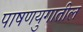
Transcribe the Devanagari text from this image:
पाषणयुगातील